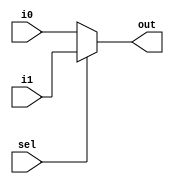
module mux_2_to_1_3_bit(
    input wire [2:0] i0,
    input wire [2:0] i1,
    input wire sel,
    output [2:0] out
);

reg [2:0] ans;
always @(*) begin
    if (sel == 0)
        ans = i0;
    else if (sel == 1)
        ans = i1;
    else 
        ans = i0;
end

assign out = ans;

endmodule